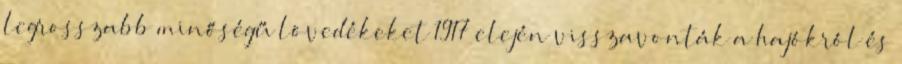
legrosszabb minőségű lövedékeket 1917 elején visszavonták a hajókról és